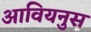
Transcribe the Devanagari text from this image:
आवियनुस